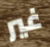
غير